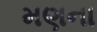
મણના